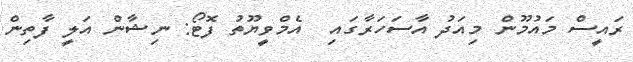
ރައީސް މައުމޫން މިއަދު އާސަހަރާގައި  އެމްވީޔޫތު ފޮޓޯ: ނިޝާން އަލީ ފާތިން